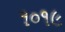
૧૦૧૯